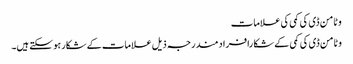
وٹامن ڈی کی کمی کی علامات
وٹامن ڈی کی کمی کے شکا رافرادمندرجہ ذیل علامات کے شکار ہو سکتے ہیں۔